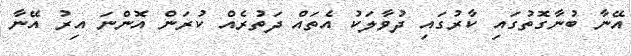
އޭނާ ބުނާގޮތުގައި ކާރުގައި ދުވާލަކު އެތައް ދަތުރެއް ކުރަން އޮންނަ އިރު އޭނާ